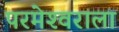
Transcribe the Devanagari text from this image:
परमेश्‍वराला